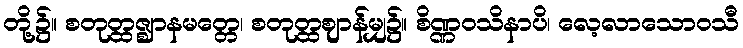
တို့၌။ စတုတ္ထဇ္ဈာနမတ္တေ၊ စတုတ္ထဈာန်မျှ၌။ စိဏ္ဏဝသိနာပိ၊ လေ့လာသောဝသီ